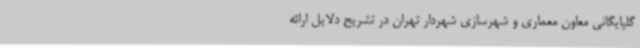
گلپایگانی معاون معماری و شهرسازی شهردار تهران در تشریح دلایل ارائه